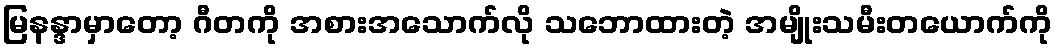
မြနန္ဒာမှာတော့ ဂီတကို အစားအသောက်လို သဘောထားတဲ့ အမျိုးသမီးတယောက်ကို